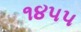
૧૪૫૫